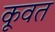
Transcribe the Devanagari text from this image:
कूवत